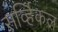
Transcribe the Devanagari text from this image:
सर्व्हिकल